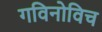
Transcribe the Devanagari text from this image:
गविनोविच